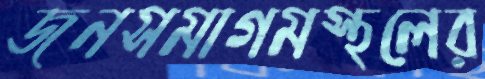
জনসমাগমস্থলের